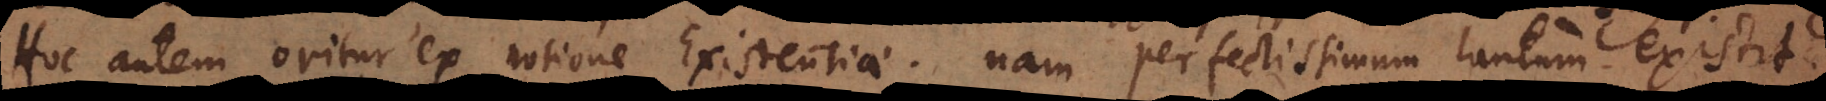
Hoc autem oritur ex notione Existentiae; nam perfectissimum tantum existit.